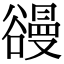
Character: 䜱